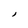
Character: I